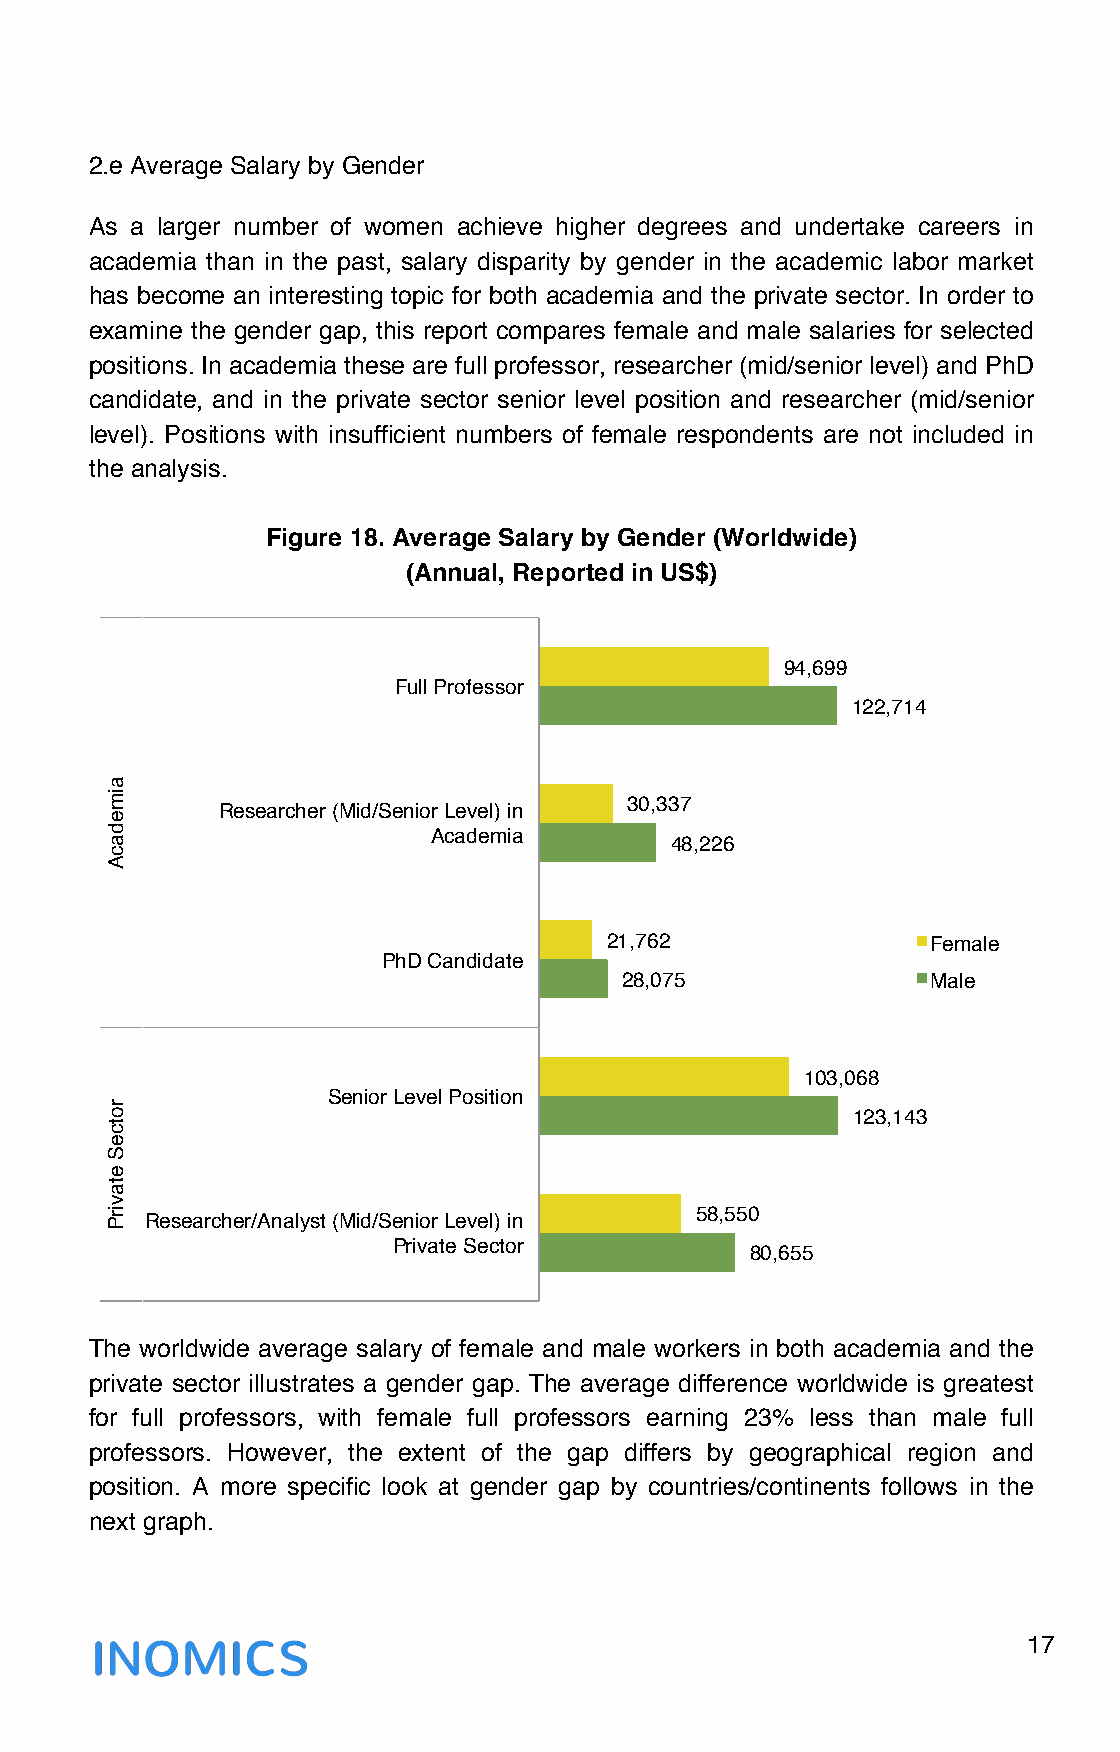
2.e Average Salary by Gender
 As a larger number of women achieve higher degrees and undertake careers in
 academia than in the past, salary disparity by gender in the academic labor market
 has become an interesting topic for both academia and the private sector. In order to
 examine the gender gap, this report compares female and male salaries for selected
 positions. In academia these are full professor, researcher (mid/senior level) and PhD
 candidate, and in the private sector senior level position and researcher (mid/senior
 level). Positions with insufficient numbers of female respondents are not included in
 the analysis.
 Figure 18. Average Salary by Gender (Worldwide)
 (Annual, Reported in US$)
 94,699"
 Full Professor"
 122,714"
 30,337"
 Researcher (Mid/Senior Level) in
 Academia"
 48,226"
 21,762"               Female"
 PhD Candidate"
 28,075"              Male"
 103,068"
 Senior Level Position"
 123,143"
 58,550"
 Researcher/Analyst (Mid/Senior Level) in
 Private Sector"
 80,655"
 The worldwide average salary of female and male workers in both academia and the
 private sector illustrates a gender gap. The average difference worldwide is greatest
 for full professors, with female full professors earning 23% less than male full
 professors. However, the extent of the gap differs by geographical region and
 position. A more specific look at gender gap by countries/continents follows in the
 next graph.
 17
 !
 "aimedacA
 "rotceS
 etavirP